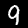
Label: 9